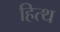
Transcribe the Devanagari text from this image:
हित्थ